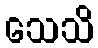
သေသိ